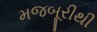
મજબૂરીથી